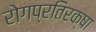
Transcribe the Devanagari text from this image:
रोगप्रतिरक्षा